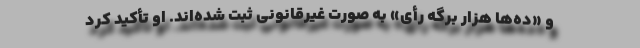
و «ده‌ها هزار برگه رأی» به صورت غیرقانونی ثبت شده‌اند. او تأکید کرد